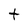
Character: t